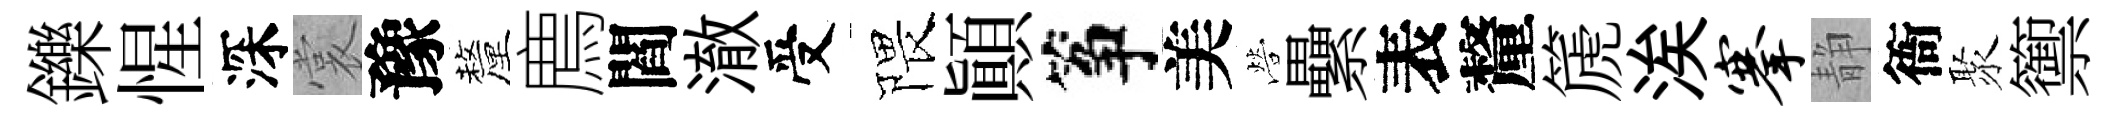
鑠惺深裳豫釐廌閻澈受隈顚筝美營纍表釐篪涘搴静衙聚籞